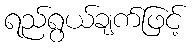
ရည်ရွယ်ချက်ဖြင့်